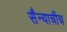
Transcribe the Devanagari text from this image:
सैन्याचीच